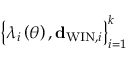
\left\{ \lambda _ { i } \left( \theta \right) , { \bf d } _ { \mathrm { W I N } , i } \right\} _ { i = 1 } ^ { k }